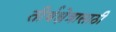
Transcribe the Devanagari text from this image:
तीर्थक्षेत्रासाठी